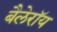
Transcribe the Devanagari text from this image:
बैलेरॉय